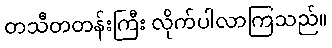
တသီတတန်းကြီး လိုက်ပါလာကြသည်။